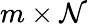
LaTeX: m\times\mathcal{N}